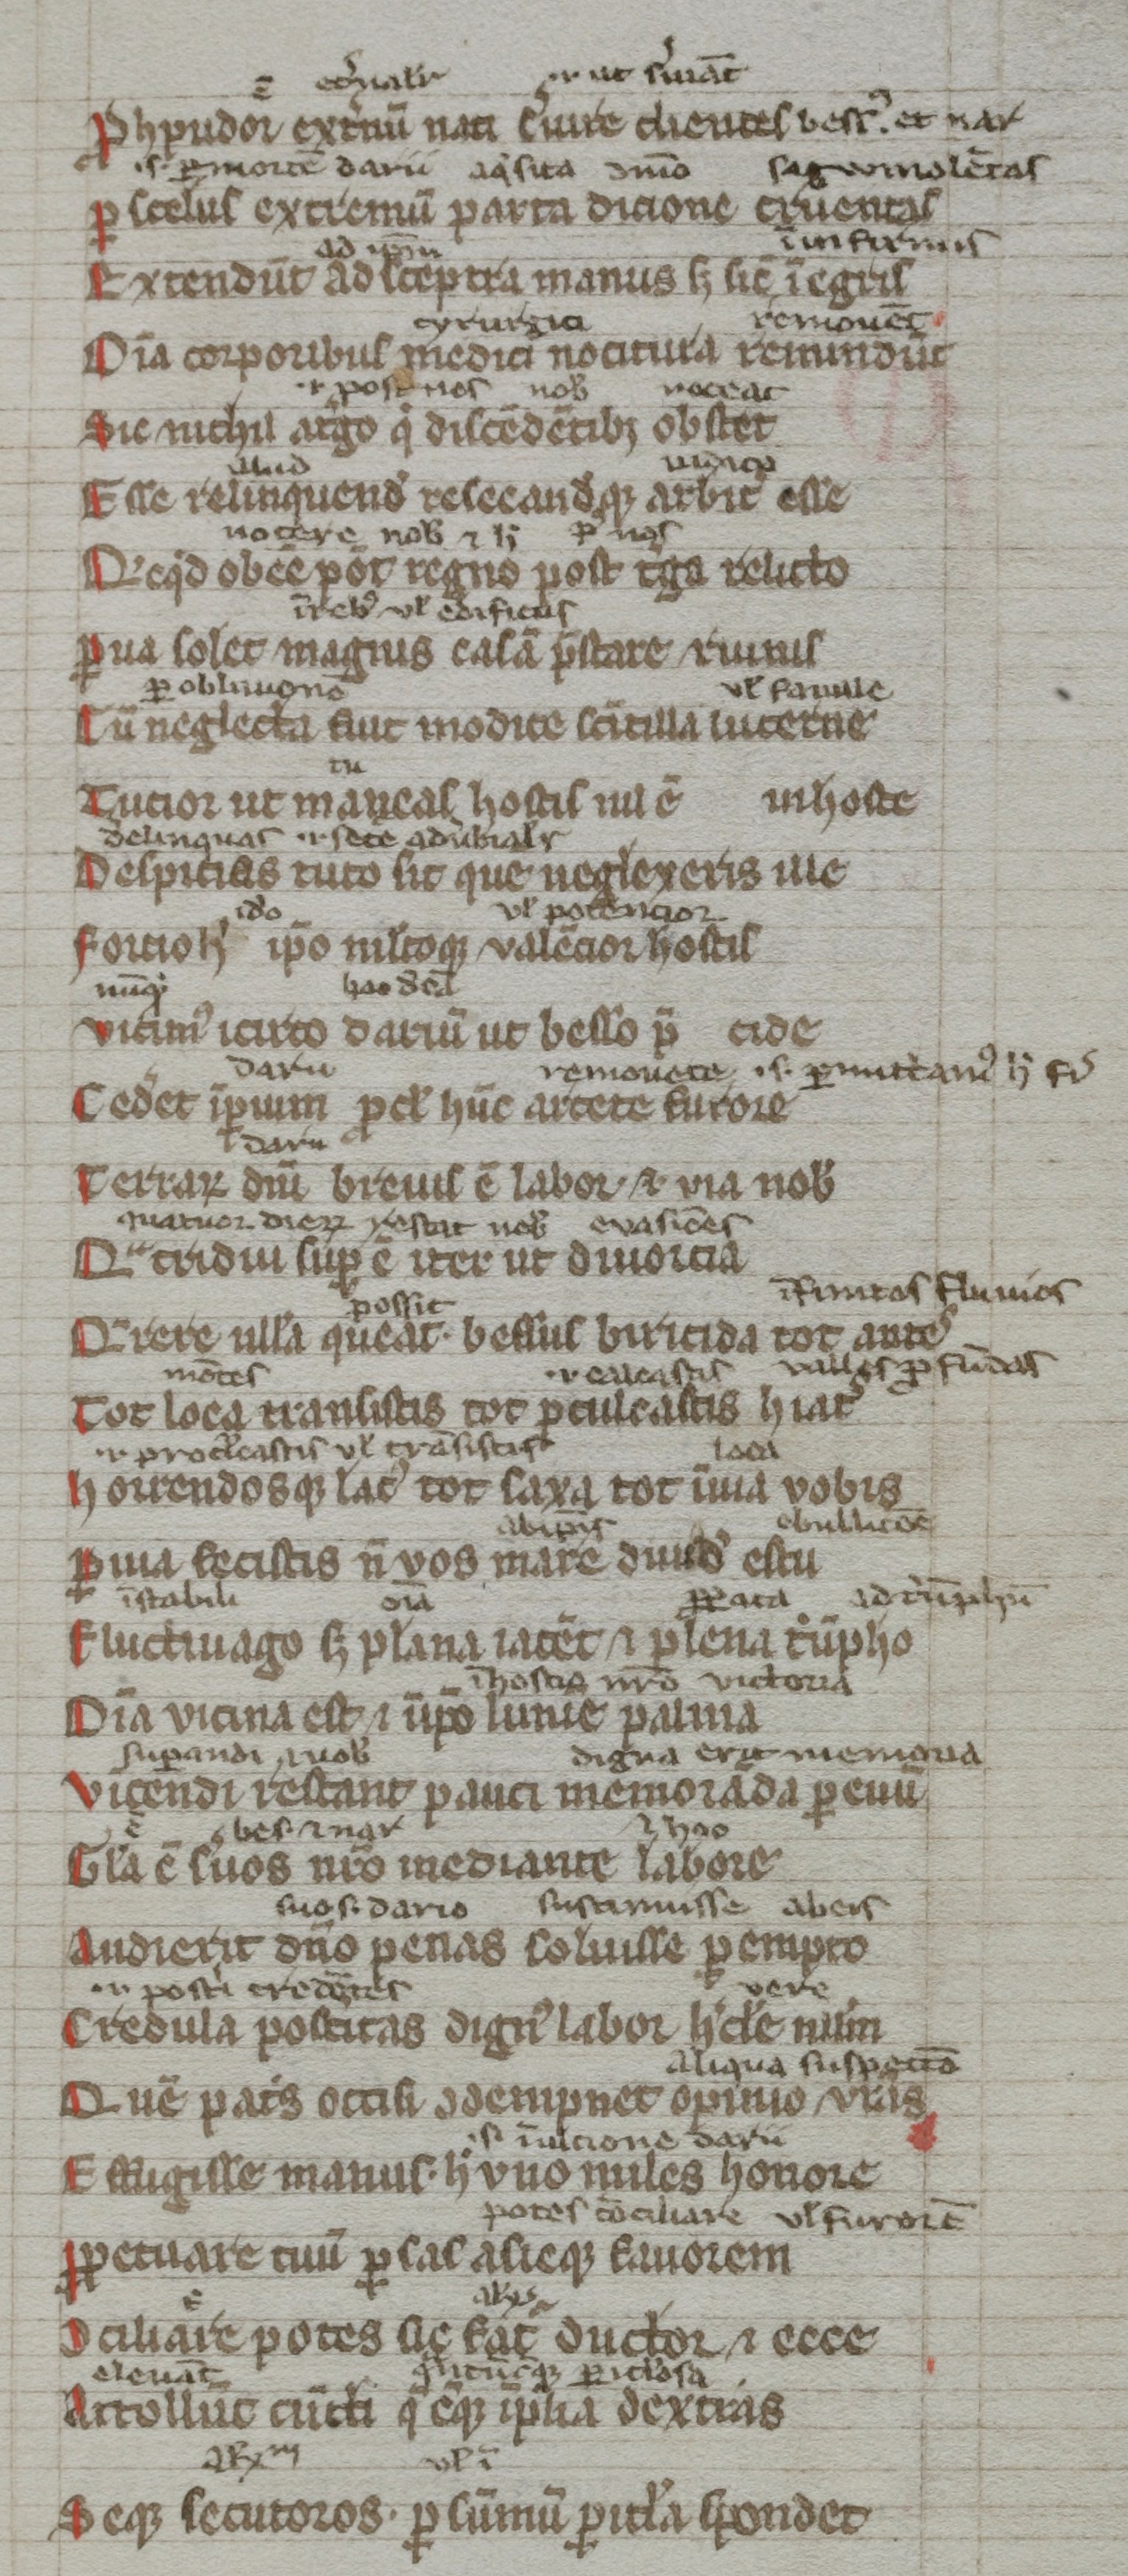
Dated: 1300–1399